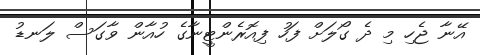
އޭނާ ޖެހި މި ދެ ގޯލަށް ފަހު ފިއޮރެންޓީނާގެ ހުއާން ވާގަސް ލަނޑު